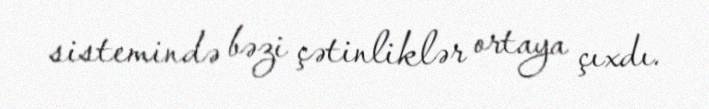
sistemində bəzi çətinliklər ortaya çıxdı.